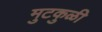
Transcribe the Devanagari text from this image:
मुटकुळी